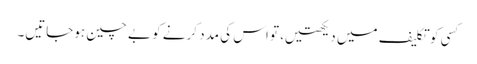
کسی کو تکلیف میں دیکھتیں، تو اس کی مدد کرنے کو بے چین ہوجاتیں۔